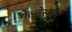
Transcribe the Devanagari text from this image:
गेल्‍वेस्‍टन